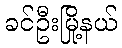
ခင်ဦးမြို့နယ်